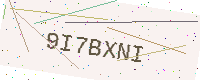
Text: 9I7BXNI